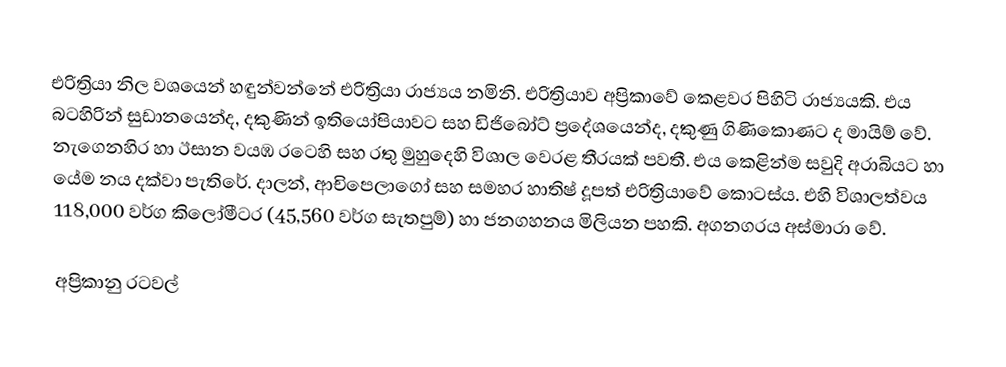
එරිත්‍රියා නිල වශයෙන් හඳුන්වන්නේ එරිත්‍රියා රාජ්‍යය  නමිනි. එරිත්‍රියාව අප්‍රිකාවේ කෙළවර පිහිටි රාජ්‍යයකි. එය බටහිරින් සුඩානයෙන්ද, දකුණින් ඉතියෝපියාවට සහ ඩිජිබෝට් ප්‍රදේශයෙන්ද, දකුණු ගිණිකොණට ද මායිම් වේ. නැගෙනහිර හා ඊසාන වයඹ රටෙහි සහ රතු මුහුදෙහි විශාල වෙරළ තීරයක් පවතී. එය කෙළින්ම සවුදි අරාබියට හා යේම නය දක්වා පැතිරේ. දාලන්, ආචිපෙලාගෝ සහ සමහර හාතිෂ් දූපත් එරිත්‍රියාවේ කොටස්ය. එහි විශාලත්වය 118,000 වර්ග කිලෝමීටර (45,560 වර්ග සැතපුම්) හා ජනගහනය මිලියන පහකි. අගනගරය අස්මාරා වේ.

අප්‍රිකානු රටවල්